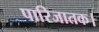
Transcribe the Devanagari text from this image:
पारिजातक।